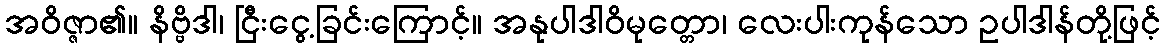
အဝိဇ္ဇာ၏။ နိဗ္ဗိဒါ၊ ငြီးငွေ့ခြင်းကြောင့်။ အနုပါဒါဝိမုတ္တော၊ လေးပါးကုန်သော ဥပါဒါန်တို့ဖြင့်